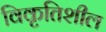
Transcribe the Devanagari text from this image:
विकृतिशील